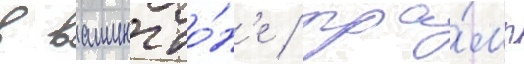
в вашингто́н'е / тра́мп